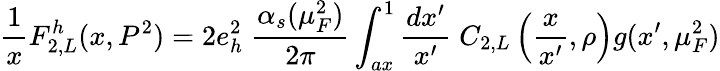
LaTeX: \frac{1}{x}F_{2,L}^{h}(x,P^{2})=2e_{h}^{2}\; \frac{\alpha_{s}(\mu_{F}^{2})}{2\pi}\int_{ax}^{1}\frac{dx^{\prime}}{x^{\prime}}\; C_{2,L}\left(\frac{x}{x^{\prime}},\rho\right)g(x^{\prime},\mu_{F}^{2})